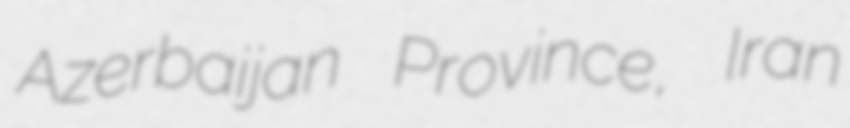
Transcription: Azerbaijan Province, Iran